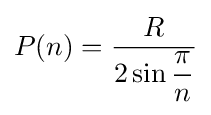
P(n)={\frac {R}{2\sin {\dfrac {\pi }{n}}}}